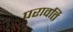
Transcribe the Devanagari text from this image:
परावर्ति